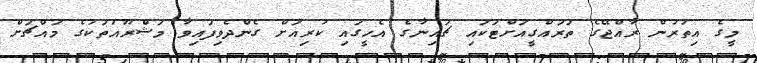
މީގެ އިތުރުން ރާއްޖޭގެ ތަރައްގީއަށްޓަކައި ޗައިނާގެ އެހީގައި ކުރިއަށް ގެންދެވިފައިވާ މަޝްރޫއުތަކުގެ މައްޗަށް